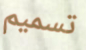
تسميم